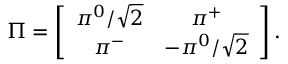
\Pi = \left[ \begin{array} { c c } { { \pi ^ { 0 } / \sqrt { 2 } } } & { { \pi ^ { + } } } \\ { { \pi ^ { - } } } & { { - \pi ^ { 0 } / \sqrt { 2 } } } \end{array} \right] .